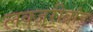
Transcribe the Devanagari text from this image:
लक्जरीब्रांड